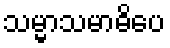
သမ္မာသမာဓိပေ